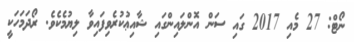
ނޯޓް: 27 މެއި 2017 ގައި ސަން އޮންލައިންގައި ޝާއިޢުކުރެވިފައިވާ ލިޔުމެކެވެ. ރޯދަމަހަކީ